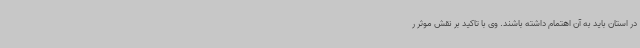
در استان باید به آن اهتمام داشته باشند. وی با تاکید بر نقش موثر ر